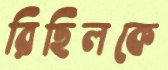
রিছিলকে